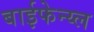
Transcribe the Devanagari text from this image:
बाईफेन्य्ल